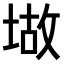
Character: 𫮆